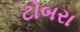
ટોબરા